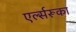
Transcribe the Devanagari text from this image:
एर्ल्सरूका